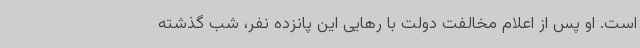
است. او پس از اعلام مخالفت دولت با رهایی این پانزده نفر، شب گذشته